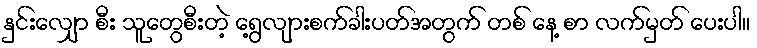
နှင်းလျှော စီး သူတွေစီးတဲ့ ရွေ့လျားစက်ခါးပတ်အတွက် တစ် နေ့ စာ လက်မှတ် ပေးပါ။